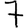
Digit: 7